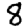
Digit: 8